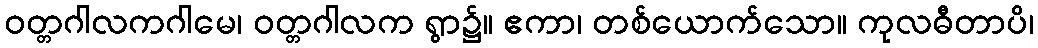
ဝတ္တဂါလကဂါမေ၊ ဝတ္တဂါလက ရွာ၌။ ဧကာ၊ တစ်ယောက်သော။ ကုလဓီတာပိ၊